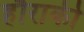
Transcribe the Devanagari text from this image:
हौराकी